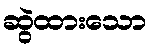
ဆွဲထားသော